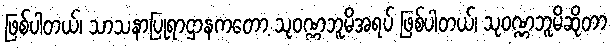
ဖြစ်ပါတယ်၊ သာသနာပြုရာဌာနကတော့ သုဝဏ္ဏဘူမိအရပ် ဖြစ်ပါတယ်၊ သုဝဏ္ဏဘူမိဆိုတာ